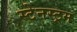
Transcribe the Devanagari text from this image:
स्टेनस्ट्रम